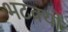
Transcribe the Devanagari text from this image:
भटक्‍यो